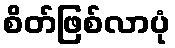
စိတ်ဖြစ်လာပုံ